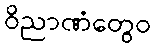
ဝိညာဏံတွေဝ